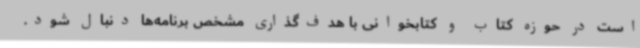
است در حوزه کتاب و کتابخوانی با هدف‌گذاری مشخص برنامه‌ها دنبال شود.